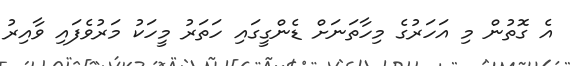
އެެ ގޮތުން މި އަހަރުގެ މިހާތަނަށް ޑެންގީގައި ހަތަރު މީހަކު މަރުވެފައި ވާއިރު